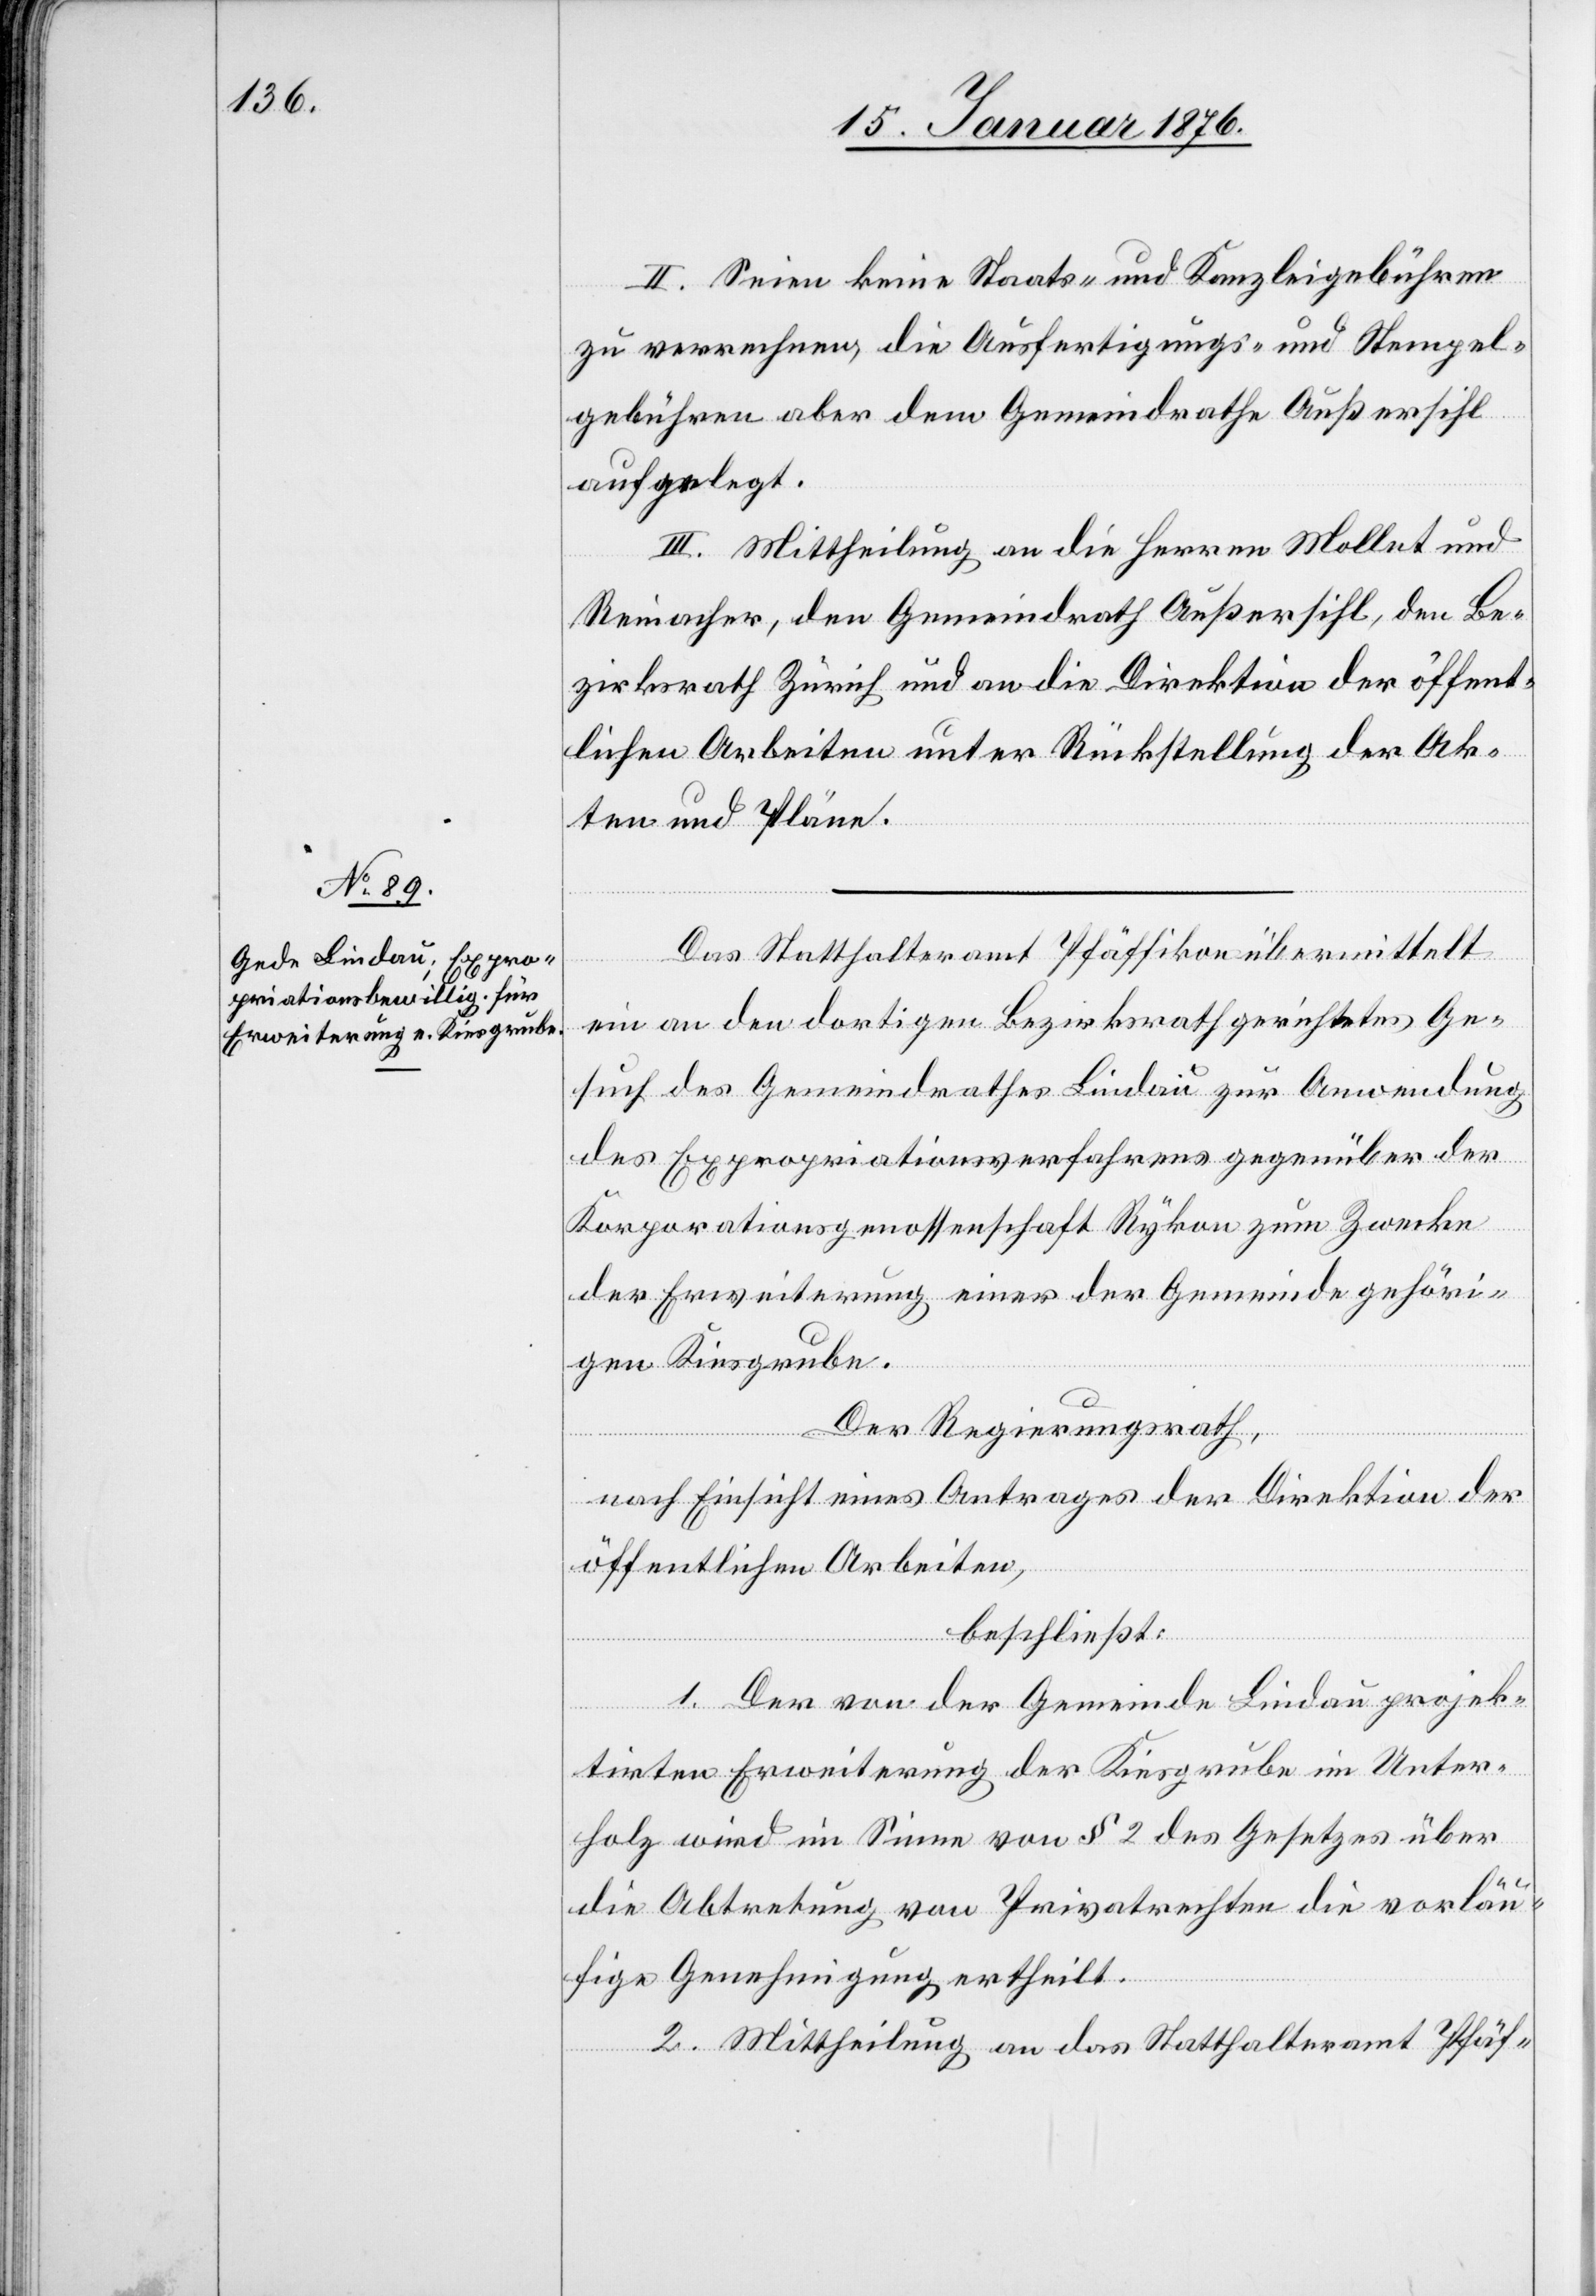
II. Seien keine Staats- und Kanzleigebühren
zu verrechnen, die Ausfertigungs- und Stempel¬
gebühren aber dem Gemeindrathe Außersihl
aufgelegt.
III. Mittheilung an die Herren Mollet und
Reinacher, den Gemeindrath Außersihl, den Be¬
zirksrath Zürich und an die Direktion der öffent¬
lichen Arbeiten unter Rückstellung der Ak¬
ten und Pläne.
Das Statthalteramt Pfäffikon übermittelt
ein an den dortigen Bezirksrath gerichtetes Ge¬
such des Gemeindrathes Lindau zur Anwendung
des Expropriationsverfahrens gegenüber der
Korporationsgenossenschaft Rykon zum Zwecke
der Erweiterung einer der Gemeinde gehöri¬
gen Kiesgrube.
Der Regierungsrath,
nach Einsicht eines Antrages der Direktion der
öffentlichen Arbeiten,
beschließt:
1. Der von der Gemeinde Lindau projek¬
tirten Erweiterung der Kiesgrube im Unter¬
holz wird im Sinne von § 2 des Gesetzes über
die Abtretung von Privatrechten die vorläu¬
fige Genehmigung ertheilt.
2. Mittheilung an das Statthalteramt Pfäf-